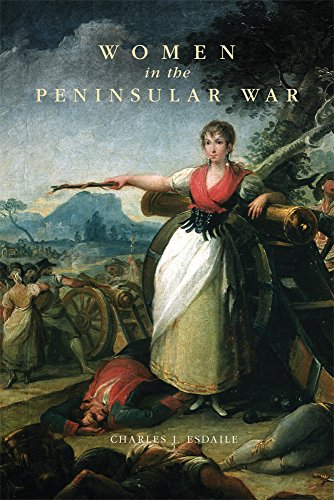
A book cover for Women in the Peninsular War; Charles J. Esdaile; History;